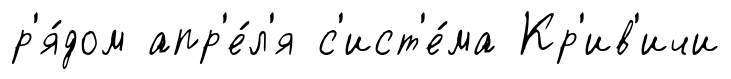
р'я́дом апр'е́л'я с'ист'е́ма Кр'ив'ичи